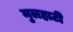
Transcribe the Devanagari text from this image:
मुलहाटी